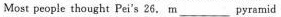
Most people thought Pei's 26. m ___ pyramid